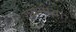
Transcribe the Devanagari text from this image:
खामीया